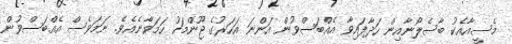
މެސީއާއެކު ބާސެލޯނާއިން ހަދާފައިވާ އެއްބަސްވުން އަންނަ އަހަރުގެ ޖޫންމަހު ހަމަވާނެއެވެ. ނަމަވެސް އެއްބަސްވުން